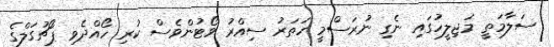
ސަލާމަތީ މަޖިލީހުގައި ނެގި ނުރަސްމީ ހަތަރު ސިއްރު ވޯޓުންވެސް ކުރި ހޯއްދެވި ޕޯޗުގަލްގެ